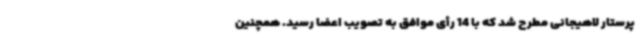
پرستار لاهیجانی مطرح شد که با 14 رأی موافق به تصویب اعضا رسید. همچنین